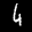
Label: 4